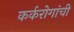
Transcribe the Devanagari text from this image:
कर्करोगांची